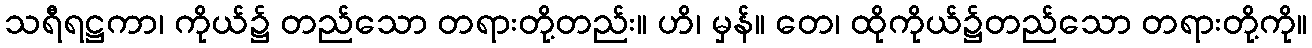
သရီရဋ္ဌကာ၊ ကိုယ်၌ တည်သော တရားတို့တည်း။ ဟိ၊ မှန်။ တေ၊ ထိုကိုယ်၌တည်သော တရားတို့ကို။